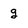
Character: g